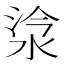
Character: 𣵂